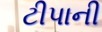
ટીપાની